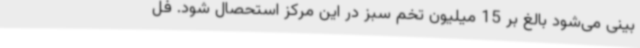
بینی می‌شود بالغ بر 15 میلیون تخم سبز در این مرکز استحصال شود. فل